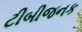
ટીબીજનક